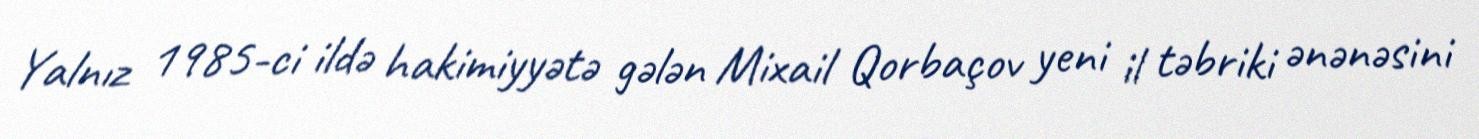
Yalnız 1985-ci ildə hakimiyyətə gələn Mixail Qorbaçov yeni il təbriki ənənəsini